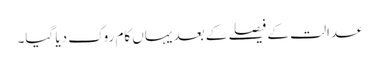
عدالت کے فیصلے کے بعد یہاں کام روک دیا گیا۔